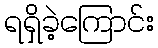
ရရှိခဲ့ကြောင်း